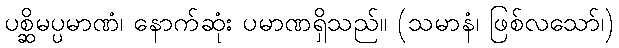
ပစ္ဆိမပ္ပမာဏံ၊ နောက်ဆုံး ပမာဏရှိသည်။ (သမာနံ၊ ဖြစ်လသော်၊)